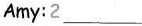
Amy:2___